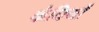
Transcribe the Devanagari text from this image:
कंघियों